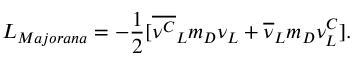
{ \cal { L } } _ { M a j o r a n a } = - { \frac { 1 } { 2 } } [ { \overline { { { \nu ^ { C } } } } } _ { L } { m _ { D } } \nu _ { L } + { \overline { { { \nu } } } } _ { L } { m _ { D } } \nu _ { L } ^ { C } ] .